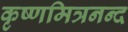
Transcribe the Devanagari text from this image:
कृष्णमित्रनन्द